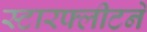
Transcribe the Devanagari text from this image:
स्टारफ्लीटने